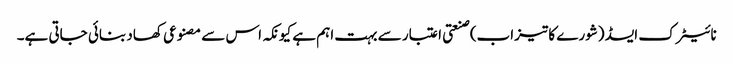
نائیٹرک ایسڈ (شورے کا تیزاب) صنعتی اعتبار سے بہت اہم ہے کیونکہ اس سے مصنوعی کھاد بنائی جاتی ہے۔